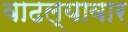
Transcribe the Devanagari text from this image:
वाढल्यावार